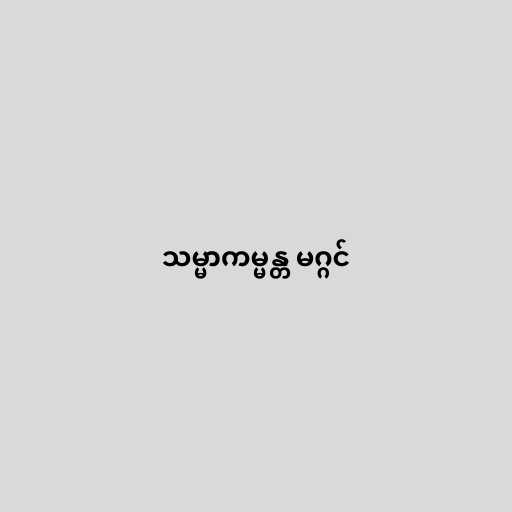
သမ္မာကမ္မန္တ မဂ္ဂင်